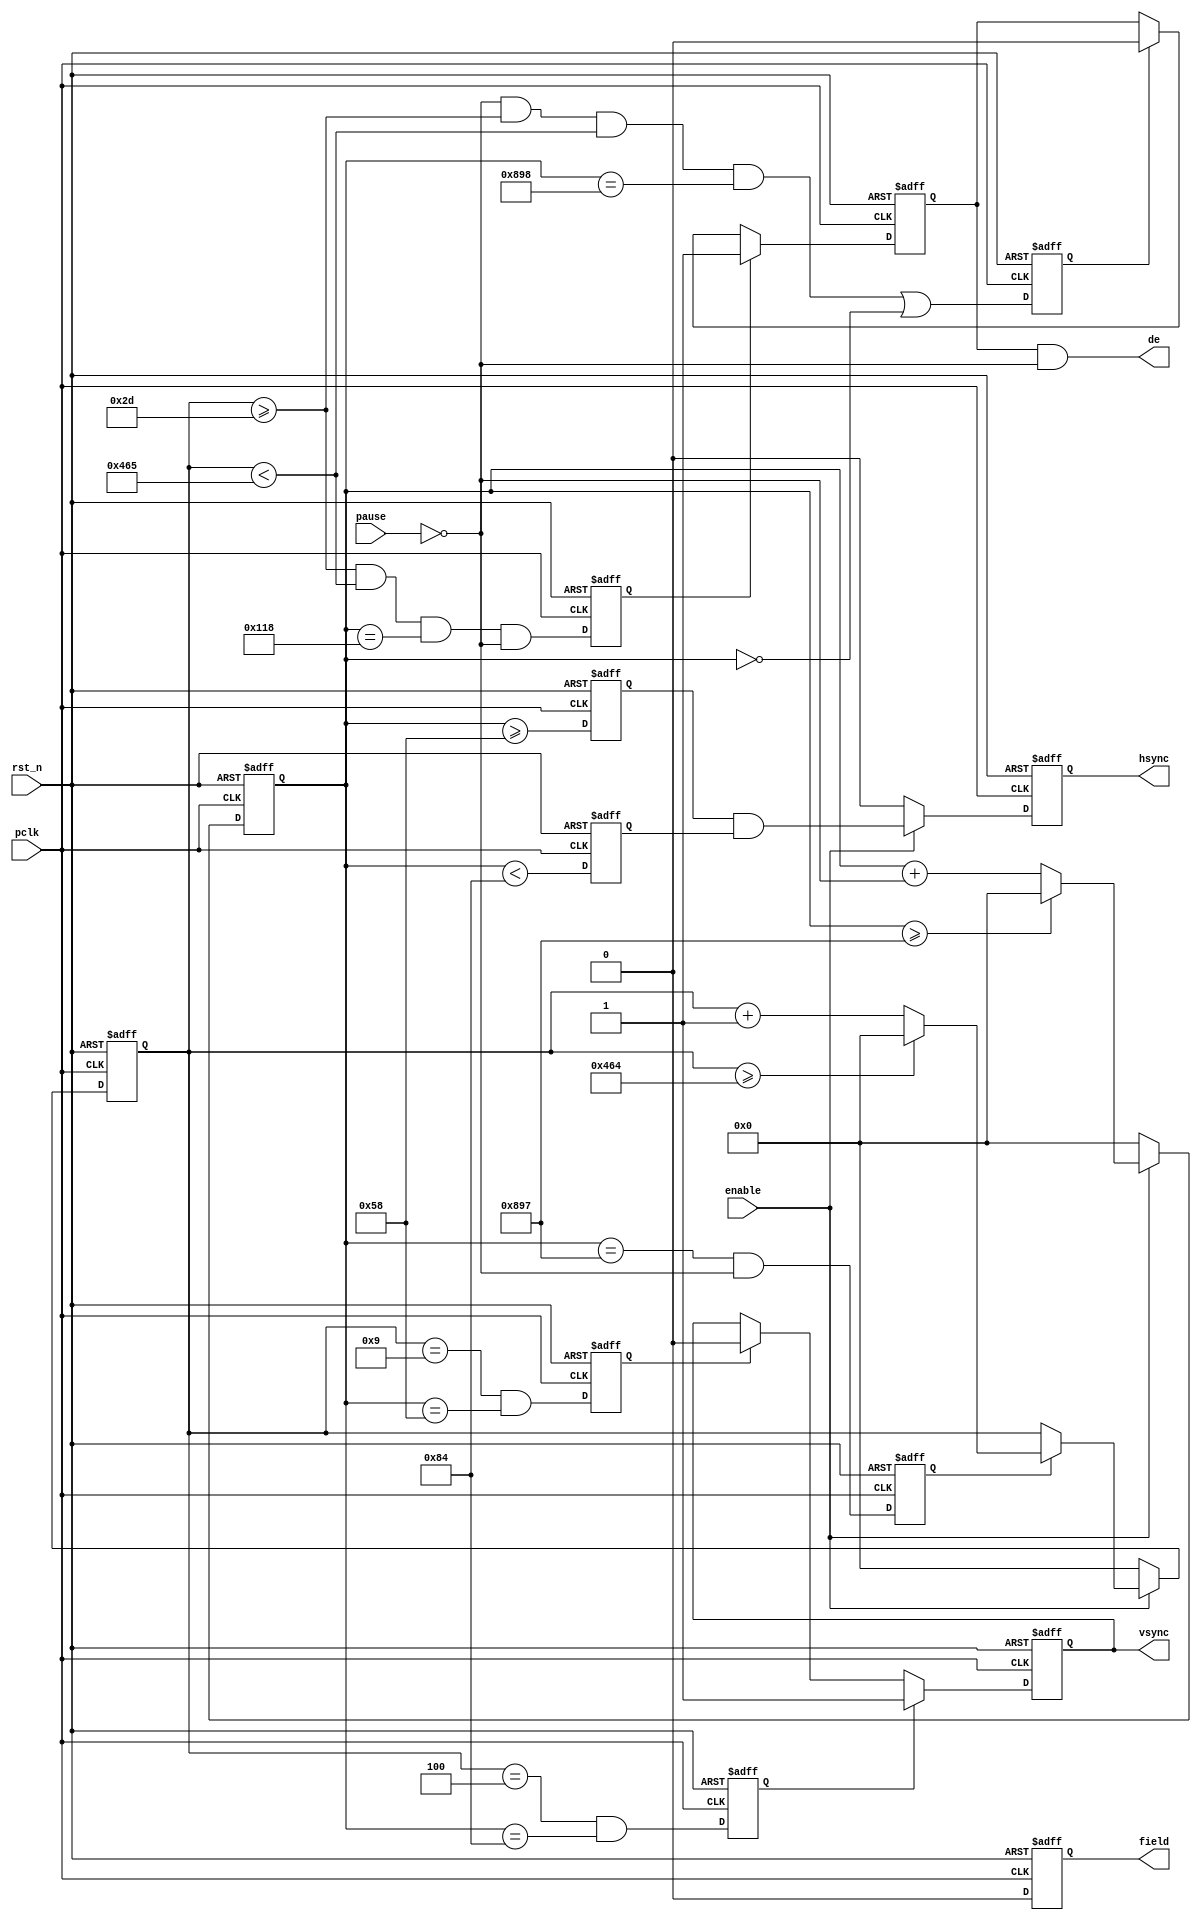
/****************************************
______________                ______________
______________ \  /\  /|\  /| ______________
______________  \/  \/ | \/ | ______________
--Module Name:  video_sync_generator_B1.v
--Project Name: video_timming_generator
--Data modified: 2016-08-10 09:20:28 +0800
--author:Young-
--E-mail: wmy367@Gmail.com
****************************************/
`timescale 1ns/1ps
module video_sync_generator_B1 #(
	parameter	MODE	= "1080P@60"
)(
	input				pclk 		,
	input				rst_n       ,
	input				enable      ,
	input				pause		,
	//--->> Extend Sync
	output				vsync  		,
	output				hsync       ,
	output				de          ,
	output				field
);
/*             |-> start ->>>
          _____                                _______      __
DE   : XXX     \_______________......_________/        .....  \_____
                       ______
VS   : ........_______/      \_......_______________________
                  _     _             _     _     _
HS   : ........__/ \___/ \..___....../ \___/ \___/ \___.....
                ______________________________________________
FIELD:........./                                              \_____

*/

wire[31:0]
	H_ACTIVE			,
	H_TOTAL			    ,
	H_SYNC			    ,
	H_FP			    ,
	H_BLANK			    ,
	V_TOTAL			    ,
	V_ACTIVE		    ,
	V_SYNC			    ,
	V_ODD_FP		    ,
	V_EVEN_FP		    ,
	V_ODD_OFFSET_RE     ,
	V_ODD_OFFSET_FE     ,
	V_EVEN_OFFSET_RE    ,
	V_EVEN_OFFSET_FE    ,
	V_ODD_BLANK		    ,
	V_EVEN_BLANK	    ,
	INTERLACE		    ,
	NEGATED			    ;


generate
if(MODE == "1080I")begin
assign			H_ACTIVE		= 1920 		;
assign			H_TOTAL			= 2200      ;
assign			H_SYNC			= 44        ;
assign			H_FP			= 88        ;
assign			H_BLANK			= 280       ;
assign			V_TOTAL			= 1125		;
assign			V_ACTIVE		= 540       ;
assign			V_SYNC			= 5         ;
assign			V_ODD_FP		= 2         ;
assign			V_EVEN_FP		= 564       ;
assign			V_ODD_OFFSET_RE = 0         ;
assign			V_ODD_OFFSET_FE = 0			;
assign			V_EVEN_OFFSET_RE= 1000      ;
assign			V_EVEN_OFFSET_FE= 1000		;
assign			V_ODD_BLANK		= 22        ;
assign			V_EVEN_BLANK	= 23        ;
assign			INTERLACE		= 1    		;
assign			NEGATED			= 0			;
end else if(MODE == "1080P@60")begin
assign			H_ACTIVE		= 1920 		;
assign			H_TOTAL			= 2200      ;
assign			H_SYNC			= 44        ;
assign			H_FP			= 88        ;
assign			H_BLANK			= 280       ;
assign			V_TOTAL			= 1125		;
assign			V_ACTIVE		= 1080      ;
assign			V_SYNC			= 5         ;
assign			V_ODD_FP		= 4         ;
assign			V_EVEN_FP		= 0       	;
assign			V_ODD_OFFSET_RE = 44        ;
assign			V_ODD_OFFSET_FE = 0			;
assign			V_EVEN_OFFSET_RE= 44      	;
assign			V_EVEN_OFFSET_FE= 0			;
assign			V_ODD_BLANK		= 45        ;
assign			V_EVEN_BLANK	= 0        	;
assign			NEGATED			= 0			;
assign			INTERLACE		= 0	   		;
end else if(MODE == "720P@60")begin
assign			H_ACTIVE		= 1280 		;
assign			H_TOTAL			= 1650      ;
assign			H_SYNC			= 40        ;
assign			H_FP			= 110       ;
assign			H_BLANK			= 370       ;
assign			V_TOTAL			= 750		;
assign			V_ACTIVE		= 720       ;
assign			V_SYNC			= 5         ;
assign			V_ODD_FP		= 5         ;
assign			V_EVEN_FP		= 0         ;
assign			V_ODD_OFFSET_RE = 40        ;
assign			V_ODD_OFFSET_FE = 0			;
assign			V_EVEN_OFFSET_RE= 40      	;
assign			V_EVEN_OFFSET_FE= 0			;
assign			V_ODD_BLANK		= 30        ;
assign			V_EVEN_BLANK	= 0         ;
assign			NEGATED			= 0	;
assign			INTERLACE		= 0   ;
end else if(MODE == "1080I@60")begin
assign			H_ACTIVE		= 1920 		;
assign			H_TOTAL			= 2200      ;
assign			H_SYNC			= 44        ;
assign			H_FP			= 88        ;
assign			H_BLANK			= 280       ;
assign			V_TOTAL			= 1125		;
assign			V_ACTIVE		= 540       ;
assign			V_SYNC			= 5         ;
assign			V_ODD_FP		= 2         ;
assign			V_EVEN_FP		= 564       ;
assign			V_ODD_OFFSET_RE = 0         ;
assign			V_ODD_OFFSET_FE = 0			;
assign			V_EVEN_OFFSET_RE= 1000      ;
assign			V_EVEN_OFFSET_FE= 1000		;
assign			V_ODD_BLANK		= 22        ;
assign			V_EVEN_BLANK	= 23        ;
assign			NEGATED			= 0;
assign			INTERLACE		= 1;
end else if(MODE == "480I@60")begin
assign			H_ACTIVE		= 1716 		;
assign			H_TOTAL			= 1440      ;
assign			H_SYNC			= 124       ;
assign			H_FP			= 38        ;
assign			H_BLANK			= 276       ;
assign			V_TOTAL			= 525		;
assign			V_ACTIVE		= 240       ;
assign			V_SYNC			= 3         ;
assign			V_ODD_FP		= 4         ;
assign			V_EVEN_FP		= 266       ;
assign			V_ODD_OFFSET_RE = 0         ;
assign			V_ODD_OFFSET_FE = 0			;
assign			V_EVEN_OFFSET_RE= 858      	;
assign			V_EVEN_OFFSET_FE= 858		;
assign			V_ODD_BLANK		= 22        ;
assign			V_EVEN_BLANK	= 23        ;
assign			NEGATED			= 1;
assign			INTERLACE		= 1;
end else if(MODE == "720P@50")begin
assign			H_ACTIVE		= 1280 		;
assign			H_TOTAL			= 1980     	;
assign			H_SYNC			= 40       	;
assign			H_FP			= 440      	;
assign			H_BLANK			= 700      	;
assign			V_TOTAL			= 750		;
assign			V_ACTIVE		= 720      	;
assign			V_SYNC			= 5        	;
assign			V_ODD_FP		= 5        	;
assign			V_EVEN_FP		= 0       	;
assign			V_ODD_OFFSET_RE = 40       	;
assign			V_ODD_OFFSET_FE = 0			;
assign			V_EVEN_OFFSET_RE= 40      	;
assign			V_EVEN_OFFSET_FE= 0			;
assign			V_ODD_BLANK		= 30       	;
assign			V_EVEN_BLANK	= 0        	;
assign			NEGATED			= 0;
assign			INTERLACE		= 0;
end else if(MODE == "1080I@50")begin
assign			H_ACTIVE		= 1920 		;
assign			H_TOTAL			= 2640      ;
assign			H_SYNC			= 40        ;
assign			H_FP			= 528       ;
assign			H_BLANK			= 720       ;
assign			V_TOTAL			= 1125		;
assign			V_ACTIVE		= 540       ;
assign			V_SYNC			= 5         ;
assign			V_ODD_FP		= 2         ;
assign			V_EVEN_FP		= 564     	;
assign			V_ODD_OFFSET_RE = 0         ;
assign			V_ODD_OFFSET_FE = 0			;
assign			V_EVEN_OFFSET_RE= 1320     	;
assign			V_EVEN_OFFSET_FE= 1320		;
assign			V_ODD_BLANK		= 22        ;
assign			V_EVEN_BLANK	= 23        ;
assign			NEGATED			= 0	;
assign			INTERLACE		= 1 ;
end else if(MODE == "P576@50")begin
assign			H_ACTIVE		= 1440 		;
assign			H_TOTAL			= 1728     	;
assign			H_SYNC			= 126      	;
assign			H_FP			= 24       	;
assign			H_BLANK			= 288      	;
assign			V_TOTAL			= 625		;
assign			V_ACTIVE		= 288      	;
assign			V_SYNC			= 3        	;
assign			V_ODD_FP		= 2        	;
assign			V_EVEN_FP		= 0       	;
assign			V_ODD_OFFSET_RE = 126      	;
assign			V_ODD_OFFSET_FE = 0			;
assign			V_EVEN_OFFSET_RE= 126      	;
assign			V_EVEN_OFFSET_FE= 0			;
assign			V_ODD_BLANK		= 24       	;
assign			V_EVEN_BLANK	= 0        	;
assign			NEGATED			= 1;
assign			INTERLACE		= 0;
end else if(MODE == "1080P@50")begin
assign			H_ACTIVE		= 1980 		;
assign			H_TOTAL			= 2640     	;
assign			H_SYNC			= 44       	;
assign			H_FP			= 528      	;
assign			H_BLANK			= 720      	;
assign			V_TOTAL			= 1125		;
assign			V_ACTIVE		= 1080     	;
assign			V_SYNC			= 5        	;
assign			V_ODD_FP		= 4        	;
assign			V_EVEN_FP		= 0       	;
assign			V_ODD_OFFSET_RE = 44       	;
assign			V_ODD_OFFSET_FE = 0			;
assign			V_EVEN_OFFSET_RE= 44      	;
assign			V_EVEN_OFFSET_FE= 0			;
assign			V_ODD_BLANK		= 45       	;
assign			V_EVEN_BLANK	= 0        	;
assign			NEGATED			= 0;
assign			INTERLACE		= 0;
end else if(MODE == "1080P24")begin
assign			H_ACTIVE		= 1920 		;
assign			H_TOTAL			= 2750     	;
assign			H_SYNC			= 44       	;
assign			H_FP			= 638      	;
assign			H_BLANK			= 830      	;
assign			V_TOTAL			= 1125		;
assign			V_ACTIVE		= 1080     	;
assign			V_SYNC			= 5        	;
assign			V_ODD_FP		= 4        	;
assign			V_EVEN_FP		= 0       	;
assign			V_ODD_OFFSET_RE = 44       	;
assign			V_ODD_OFFSET_FE = 0			;
assign			V_EVEN_OFFSET_RE= 44      	;
assign			V_EVEN_OFFSET_FE= 0			;
assign			V_ODD_BLANK		= 45       	;
assign			V_EVEN_BLANK	= 0        	;
assign			NEGATED			= 0;
assign			INTERLACE		= 0;
end else if(MODE == "1080P@25")begin
assign			H_ACTIVE		= 1920 		;
assign			H_TOTAL			= 2640     	;
assign			H_SYNC			= 44       	;
assign			H_FP			= 528      	;
assign			H_BLANK			= 720      	;
assign			V_TOTAL			= 1125		;
assign			V_ACTIVE		= 1080     	;
assign			V_SYNC			= 5        	;
assign			V_ODD_FP		= 4        	;
assign			V_EVEN_FP		= 0       	;
assign			V_ODD_OFFSET_RE = 44       	;
assign			V_ODD_OFFSET_FE = 0			;
assign			V_EVEN_OFFSET_RE= 44      	;
assign			V_EVEN_OFFSET_FE= 0			;
assign			V_ODD_BLANK		= 45       	;
assign			V_EVEN_BLANK	= 0        	;
assign			NEGATED			= 0;
assign			INTERLACE		= 0;
end else if(MODE == "1080P@30")begin
assign			H_ACTIVE		= 1920 		;
assign			H_TOTAL			= 2200     	;
assign			H_SYNC			= 44       	;
assign			H_FP			= 88       	;
assign			H_BLANK			= 280      	;
assign			V_TOTAL			= 1125		;
assign			V_ACTIVE		= 1080     	;
assign			V_SYNC			= 5        	;
assign			V_ODD_FP		= 4        	;
assign			V_EVEN_FP		= 0       	;
assign			V_ODD_OFFSET_RE = 44       	;
assign			V_ODD_OFFSET_FE = 0			;
assign			V_EVEN_OFFSET_RE= 44      	;
assign			V_EVEN_OFFSET_FE= 0			;
assign			V_ODD_BLANK		= 45       	;
assign			V_EVEN_BLANK	= 0        	;
assign			NEGATED			= 0;
assign			INTERLACE		= 0;
end else if(MODE == "TEST")begin
assign			H_ACTIVE		= 1920 		;
assign			H_TOTAL			= 2200     	;
assign			H_SYNC			= 44       	;
assign			H_FP			= 88       	;
assign			H_BLANK			= 280      	;
assign			V_TOTAL			= 25		;
assign			V_ACTIVE		= 20     	;
assign			V_SYNC			= 1        	;
assign			V_ODD_FP		= 1        	;
assign			V_EVEN_FP		= 1       	;
assign			V_ODD_OFFSET_RE = 1       	;
assign			V_ODD_OFFSET_FE = 0			;
assign			V_EVEN_OFFSET_RE= 1      	;
assign			V_EVEN_OFFSET_FE= 0			;
assign			V_ODD_BLANK		= 5       	;
assign			V_EVEN_BLANK	= 0        	;
assign			NEGATED			= 0;
end else if(MODE == "768P@60")begin
assign			H_ACTIVE		= 1024 		;
assign			H_TOTAL			= 1344     	;
assign			H_SYNC			= 136      	;
assign			H_FP			= 24       	;
assign			H_BLANK			= 320      	;
assign			V_TOTAL			= 806		;
assign			V_ACTIVE		= 768      	;
assign			V_SYNC			= 6        	;
assign			V_ODD_FP		= 3        	;
assign			V_EVEN_FP		= 3       	;
assign			V_ODD_OFFSET_RE = 40      	;
assign			V_ODD_OFFSET_FE = 0			;
assign			V_EVEN_OFFSET_RE= 40      	;
assign			V_EVEN_OFFSET_FE= 0			;
assign			V_ODD_BLANK		= 38       	;
assign			V_EVEN_BLANK	= 0        	;
assign			NEGATED			= 1;
assign			INTERLACE		= 0;
end else if(MODE == "TEST")begin
assign			H_ACTIVE		= 1920 		;
assign			H_TOTAL			= 2200     	;
assign			H_SYNC			= 44       	;
assign			H_FP			= 88       	;
assign			H_BLANK			= H_TOTAL-H_ACTIVE 	;
assign			V_TOTAL			= 25		;
assign			V_ACTIVE		= 20     	;
assign			V_SYNC			= 1        	;
assign			V_ODD_FP		= 1        	;
assign			V_EVEN_FP		= 1       	;
assign			V_ODD_OFFSET_RE = 1       	;
assign			V_ODD_OFFSET_FE = 0			;
assign			V_EVEN_OFFSET_RE= 1      	;
assign			V_EVEN_OFFSET_FE= 0			;
assign			V_ODD_BLANK		= 5       	;
assign			V_EVEN_BLANK	= 0        	;
assign			NEGATED			= 0;
end
endgenerate


//----->> H SYNC <<------------------------
reg [12:0]		Hcnt = 13'd0;
reg				h_reg;

always@(posedge pclk,negedge rst_n)begin
	if(~rst_n)	Hcnt	<= 13'd0;
	else begin
		if(enable)begin
			if(Hcnt >= H_TOTAL-1'b1)
					Hcnt	<= 13'd0;
			else	Hcnt	<= Hcnt + !pause;
		end else	Hcnt	<= 13'd0;
end end

reg h_up_fp;
reg h_down_sync;

always@(posedge pclk,negedge rst_n)begin
	if(~rst_n)	h_up_fp	<= 1'b0;
	else		h_up_fp	<= (Hcnt >= H_FP);
end

always@(posedge pclk,negedge rst_n)begin
	if(~rst_n)	h_down_sync	<= 1'b0;
	else		h_down_sync	<= Hcnt < (H_FP+H_SYNC);
end

always@(posedge pclk,negedge rst_n)begin
	if(~rst_n)	h_reg	<= 1'b0;
	else begin
		if(enable)
				h_reg	<=  h_up_fp && h_down_sync;
		else	h_reg	<= 1'b0;
end end
//-----<< H SYNC >>------------------------
//----->> V SYNC <<------------------------
reg 		v_inc_pulse;
always@(posedge pclk,negedge rst_n)begin
	if(~rst_n)	v_inc_pulse	<= 1'b0;
	else		v_inc_pulse	<= Hcnt == (H_TOTAL-2'd1) && !pause;
end

reg [12:0]		Vcnt = 13'd0;

always@(posedge pclk,negedge rst_n)begin
	if(~rst_n)	Vcnt	<= 13'd0;
	else begin
		if(enable)begin
			if(v_inc_pulse)begin
				if(Vcnt >= V_TOTAL-1'b1)
					Vcnt	<= 13'd0;
				else
					Vcnt	<= Vcnt + 1'b1;
			end else
				Vcnt	<= Vcnt;
		end else
			Vcnt	<= 13'd0;
end end

reg v_odd_up_fp;
reg	v_odd_down_sync;
reg v_even_up_fp;
reg	v_even_down_sync;

always@(posedge pclk,negedge rst_n)begin
	if(~rst_n)begin
		v_odd_up_fp		<= 1'b0;
		v_odd_down_sync	<= 1'b0;
		v_even_up_fp	<= 1'b0;
		v_even_down_sync<= 1'b0;
	end else begin
		v_odd_up_fp		<= (Vcnt == V_ODD_FP)          && (Hcnt == (V_ODD_OFFSET_RE+H_FP));
		v_odd_down_sync	<= (Vcnt == (V_ODD_FP+V_SYNC)) && (Hcnt == (H_FP+V_ODD_OFFSET_FE));
		v_even_up_fp	<= (Vcnt == V_EVEN_FP)         && (Hcnt == (V_EVEN_OFFSET_RE+H_FP));
		v_even_down_sync<= (Vcnt == (V_EVEN_FP+V_SYNC))&& (Hcnt == (H_FP+V_EVEN_OFFSET_FE));
end end

reg 			v_reg;

always@(posedge pclk,negedge rst_n)begin
	if(~rst_n)	v_reg	<= 1'b0;
	else begin
		if(INTERLACE == 1)
			if(v_odd_up_fp)
				v_reg	<= 1'b1;
			else if(v_odd_down_sync)
				v_reg	<= 1'b0;
			else if(v_even_up_fp)
				v_reg	<= 1'b1;
			else if(v_even_down_sync)
				v_reg	<= 1'b0;
			else
				v_reg	<= v_reg;
		else
			if(v_odd_up_fp)
				v_reg	<= 1'b1;
			else if(v_odd_down_sync)
				v_reg	<= 1'b0;
			else
				v_reg	<= v_reg;
end end

//-----<< V SYNC >>------------------------
//----->> DISPLAY ENABLE <<----------------

reg d_odd_up_blank;
reg d_odd_down_blank;

always@(posedge pclk,negedge rst_n)begin
	if(~rst_n)begin
		d_odd_up_blank		<= 1'b0;
		d_odd_down_blank	<= 1'b0;
	end else begin
		d_odd_up_blank		<= (Vcnt >= V_ODD_BLANK) && (Vcnt < (V_ODD_BLANK+V_ACTIVE)) && (Hcnt == H_BLANK) && !pause;
		d_odd_down_blank	<= 	!pause &&
								(Vcnt >= V_ODD_BLANK) &&
								(Vcnt < (V_ODD_BLANK+V_ACTIVE)) &&
								(Hcnt == (H_BLANK+H_ACTIVE)) ||
								(Hcnt == 0);
end end

reg d_even_up_blank;
reg d_even_down_blank;

always@(posedge pclk,negedge rst_n)begin
	if(~rst_n)begin
		d_even_up_blank		<= 1'b0;
		d_even_down_blank	<= 1'b0;
	end else begin
		d_even_up_blank		<= 	!pause &&
								(Vcnt >= V_ODD_BLANK+V_ACTIVE+V_EVEN_BLANK) &&
								(Vcnt < (V_ODD_BLANK+V_ACTIVE+V_EVEN_BLANK+V_ACTIVE)) && (Hcnt == H_BLANK);
		d_even_down_blank	<= 	!pause &&
								(Vcnt >= V_ODD_BLANK+V_ACTIVE+V_EVEN_BLANK) &&
								(Vcnt < (V_ODD_BLANK+V_ACTIVE+V_EVEN_BLANK+V_ACTIVE)) &&
								(Hcnt == (H_BLANK+H_ACTIVE)) ||
								(Hcnt == 0);
end end

reg 	d_reg;

always@(posedge pclk,negedge rst_n)
	if(~rst_n)	d_reg	<= 1'b0;
	else begin
		if(INTERLACE == 1)
			if(d_odd_up_blank)
				d_reg	<= 1'b1;
			else if (d_odd_down_blank)
				d_reg	<= 1'b0;
			else if (d_even_up_blank)
				d_reg	<= 1'b1;
			else if (d_even_down_blank)
				d_reg	<= 1'b0;
			else
				d_reg	<= d_reg;
		else
			if(d_odd_up_blank)
				d_reg	<= 1'b1;
			else if (d_odd_down_blank)
				d_reg	<= 1'b0;
			else
				d_reg	<= d_reg;
	end

//-----<< DISPLAY ENABLE >>----------------
//----->> FIELD <<-------------------------
reg y_reg;

always@(posedge pclk,negedge rst_n)
	if(~rst_n)	y_reg	<= 1'b0;
	else begin
		if(INTERLACE == 1)begin
			if(v_even_up_fp)
				y_reg	<= 1'b1;
			else if(v_odd_up_fp)
				y_reg	<= 1'b0;
			else
				y_reg	<= y_reg;
		end else
			y_reg	<= 1'b0;
	end
//-----<< FIELD >>-------------------------



assign	vsync	= (NEGATED == 0)? v_reg : ~v_reg;
assign	hsync	= (NEGATED == 0)? h_reg : ~h_reg;
assign	de		= d_reg && !pause;
assign	field	= y_reg;


endmodule